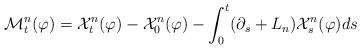
LaTeX: \begin{align*}\mathcal{M}^n_t (\varphi ) = \mathcal{X}^n_t (\varphi) - \mathcal{X}^n_0 (\varphi) - \int_0^t (\partial_s + L_n ) \mathcal{X}^n_s (\varphi) ds \end{align*}